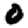
Digit: 0